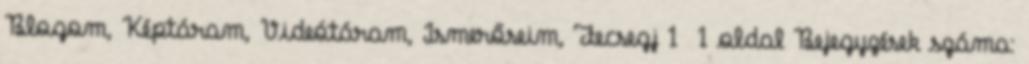
Blogom, Képtáram, Videótáram, Ismerőseim, Fecsegj 1 1 oldal Bejegyzések száma: